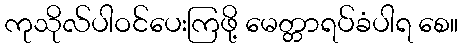
ကုသိုလ်ပါဝင်ပေးကြဖို့ မေတ္တာရပ်ခံပါရ စေ။